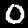
Digit: 0